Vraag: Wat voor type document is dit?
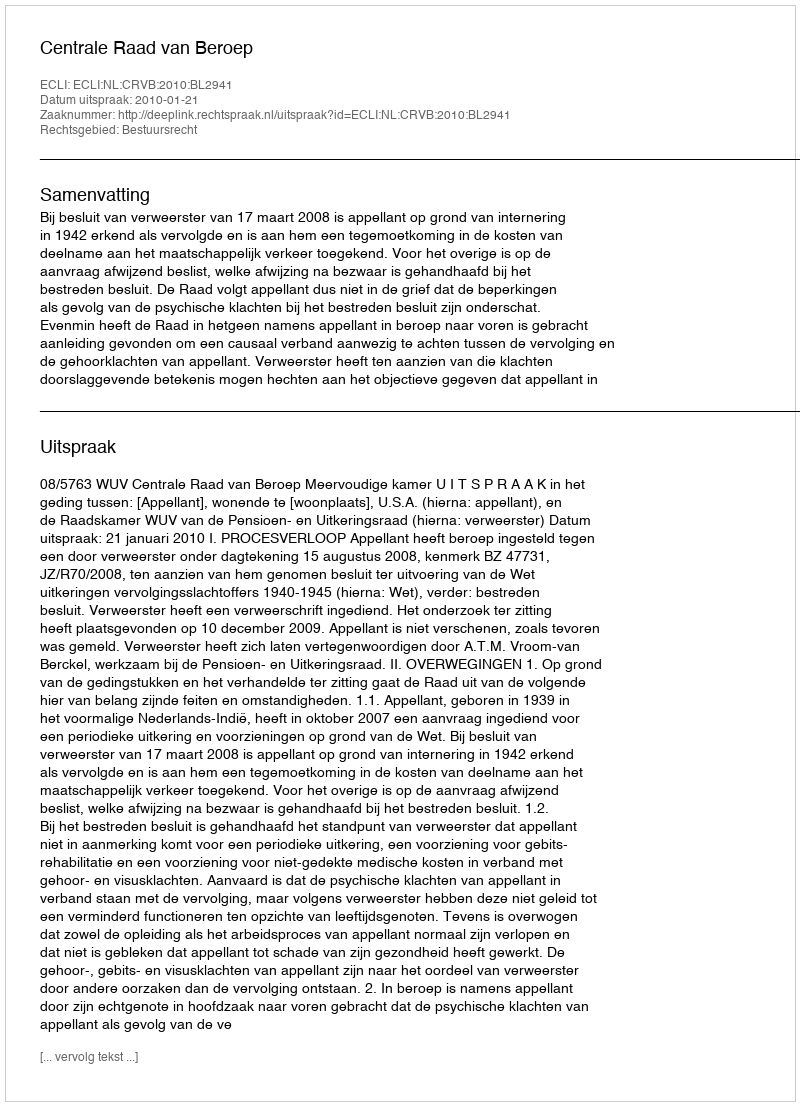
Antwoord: Uitspraak